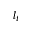
l _ { t }